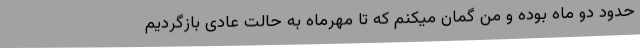
حدود دو ماه بوده و من گمان میکنم که تا مهرماه به حالت عادی بازگردیم